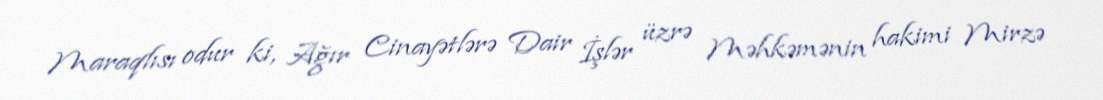
Maraqlısı odur ki, Ağır Cinayətlərə Dair İşlər üzrə Məhkəmənin hakimi Mirzə